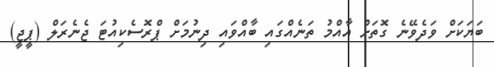
ބަޔަކަށް ވަދެވޭނެ ގޮތަށް އާއްމު ތަނެއްގައި ބާއްވައި ދިނުމަށް ޕްރޮސެކިއުޓަ ޖެނެރަލް (ޕީޖީ)